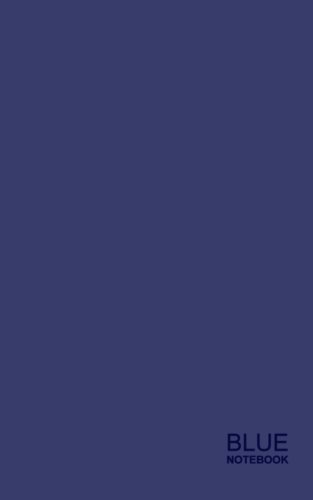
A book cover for Blue Notebook: Ruled Paper Notebook ( journal / cuaderno / portable ) (Plain Shades); smART bookx; Business & Money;